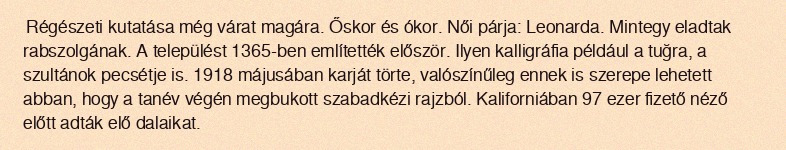
Régészeti kutatása még várat magára. Őskor és ókor. Női párja: Leonarda. Mintegy eladtak rabszolgának. A települést 1365-ben említették először. Ilyen kalligráfia például a tuğra, a szultánok pecsétje is. 1918 májusában karját törte, valószínűleg ennek is szerepe lehetett abban, hogy a tanév végén megbukott szabadkézi rajzból. Kaliforniában 97 ezer fizető néző előtt adták elő dalaikat.